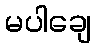
မပါချေ